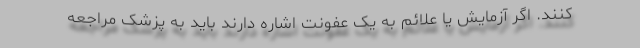
کنند. اگر آزمایش یا علائم به یک عفونت اشاره دارند باید به پزشک مراجعه